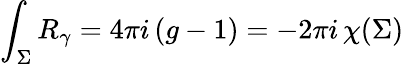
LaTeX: \int_{\Sigma}R_{\gamma}=4\pi i\, (g-1)=-2\pi i\, \chi(\Sigma)